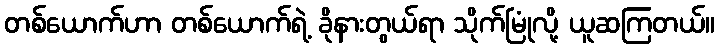
တစ်ယောက်ဟာ တစ်ယောက်ရဲ့ ခိုနားတွယ်ရာ သိုက်မြုံလို့ ယူဆကြတယ်။